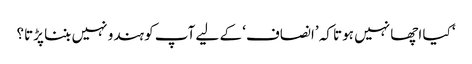
‘ کیا اچھا نہیں ہوتا کہ ’انصاف‘ کے لیے آپ کو ہندو نہیں بننا پڑتا؟